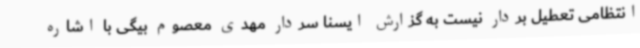
انتظامی تعطیل بردار نیست به گزارش ایسنا سردار مهدی معصوم بیگی با اشاره